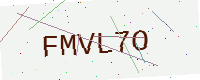
Text: FMVL7O